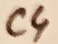
Text: C4